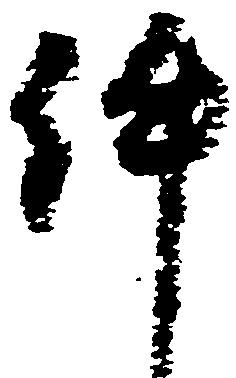
件